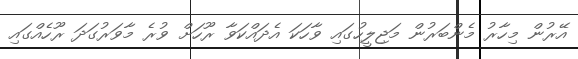
އޭރުން މިހާރު މެންބަރުން މަޖިލީހުގައި ވާހަކަ އެދައްކަވާ ރޫހަށް ވުރެ މާވަރުގަދަ ރޫހެއްގައި